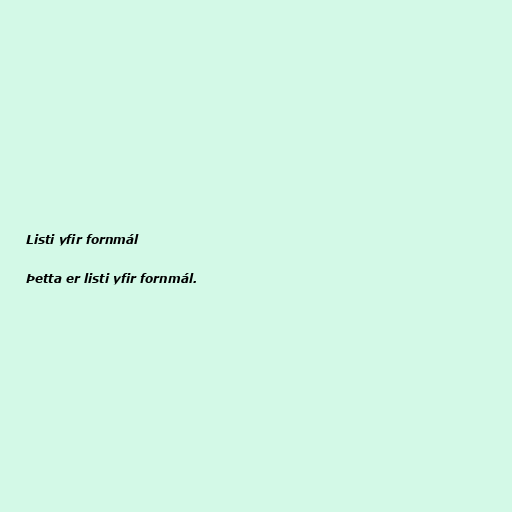
Listi yfir fornmál

Þetta er listi yfir fornmál.